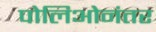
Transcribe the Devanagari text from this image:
पोलिओनंतर